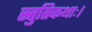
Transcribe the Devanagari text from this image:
स्तुतिकथाः।